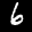
Label: 6